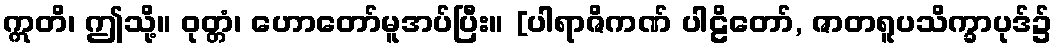
ဣတိ၊ ဤသို့။ ဝုတ္တံ၊ ဟောတော်မူအပ်ပြီး။ [ပါရာဇိကဏ် ပါဠိတော်, ဇာတရူပသိက္ခာပုဒ်၌